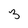
Character: 3